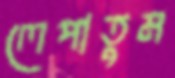
লেপাতুম